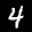
Label: 4